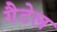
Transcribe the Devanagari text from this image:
गैटेल